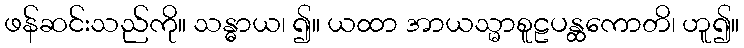
ဖန်ဆင်းသည်ကို။ သန္ဓာယ၊ ၍။ ယထာ အာယသ္မာစူဠပန္ထကောတိ၊ ဟူ၍။